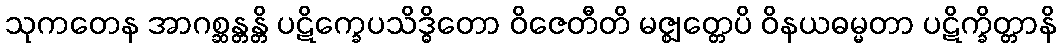
သုကတေန အာဂစ္ဆန္တန္တိ ပဋိက္ခေပသိဒ္ဓိတော ဝိဇေတီတိ မဇ္ဈတ္တေပိ ဝိနယဓမ္မတာ ပဋိက္ခိတ္တာနိ